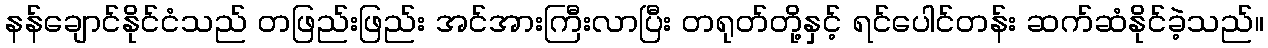
နန်ချောင်နိုင်ငံသည် တဖြည်းဖြည်း အင်အားကြီးလာပြီး တရုတ်တို့နှင့် ရင်ပေါင်တန်း ဆက်ဆံနိုင်ခဲ့သည်။